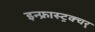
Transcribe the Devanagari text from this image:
इन्फ्रास्ट्रक्चर्